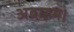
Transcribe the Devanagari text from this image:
अब्राहम।